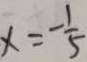
x = - \frac { 1 } { 5 }